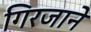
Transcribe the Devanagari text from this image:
गिरजाने